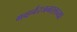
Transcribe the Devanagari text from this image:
गव्हर्नरजनरलच्या